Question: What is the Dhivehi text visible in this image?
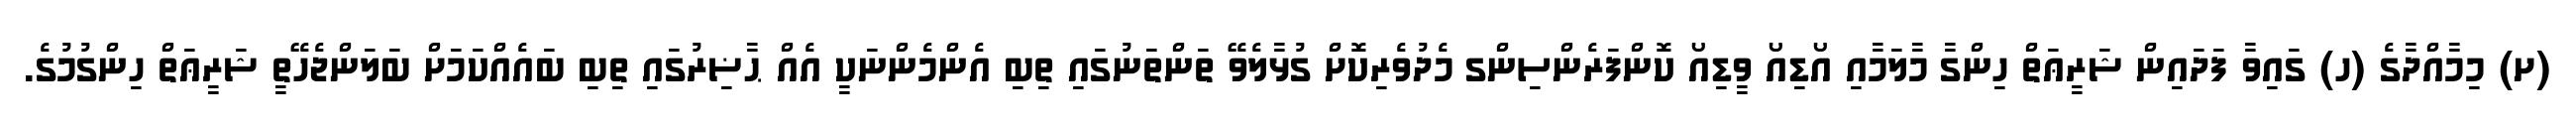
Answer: (ށ) މިމާއްދާގެ (ހ) ގައިވާ ފަދައިން ޝަރީޢަތް ހިންގާ މާލަމާއި އޯޑިއޯ ވީޑިއޯ ކޮންފަރެންސިންގ މެދުވެރިކޮށް ގުޅާލެވޭ ތަންތަނުގައި ތިބި އެންމެންނަކީ އެއް ޙާޟިރުގައި ތިބި ބައެއްކަމަށް ބަލަންޖެހޭތީ ޝަރީޢަތް ހިންގުމުގެ.